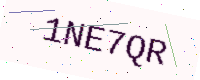
Text: 1NE7QR